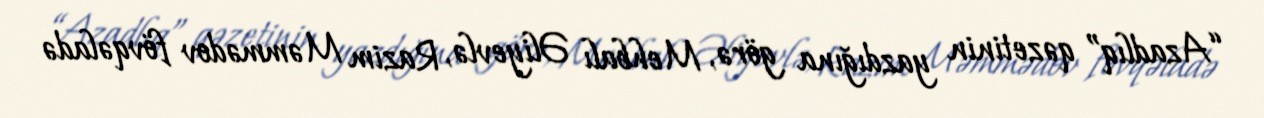
“Azadlıq” qəzetinin yazdığına görə, Mehbalı Əliyevlə, Razim Məmmədov fövqəladə